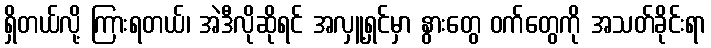
ရှိတယ်လို့ ကြားရတယ်၊ အဲဒီလိုဆိုရင် အလှူ့ရှင်မှာ နွားတွေ ဝက်တွေကို အသတ်ခိုင်းရာ